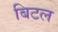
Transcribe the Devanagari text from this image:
बिटल